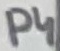
Text: P4